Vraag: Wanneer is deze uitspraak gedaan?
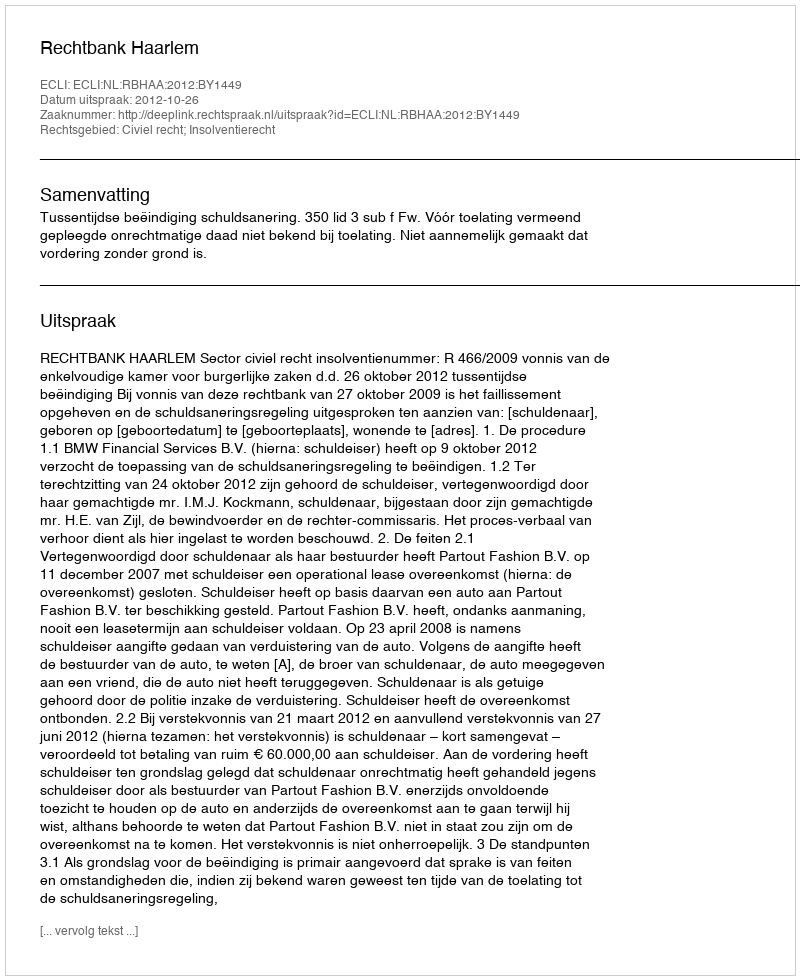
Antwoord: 2012-10-26